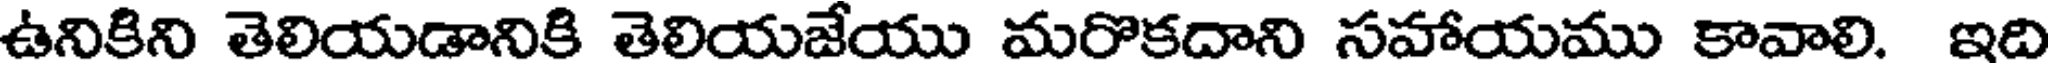
ఉనికిని తెలియడానికి తెలియజేయు మరొకదాని సహాయము కావాలి. ఇది